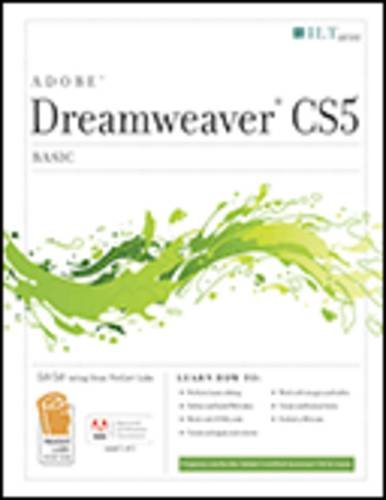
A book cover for Dreamweaver Cs5: Basic, Aca Edition + Certblaster + Data (ILT); Computers & Technology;